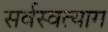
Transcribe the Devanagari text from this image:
सर्वस्वत्याग